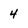
Character: 4